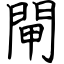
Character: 閘